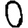
Digit: 0